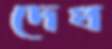
দেখ